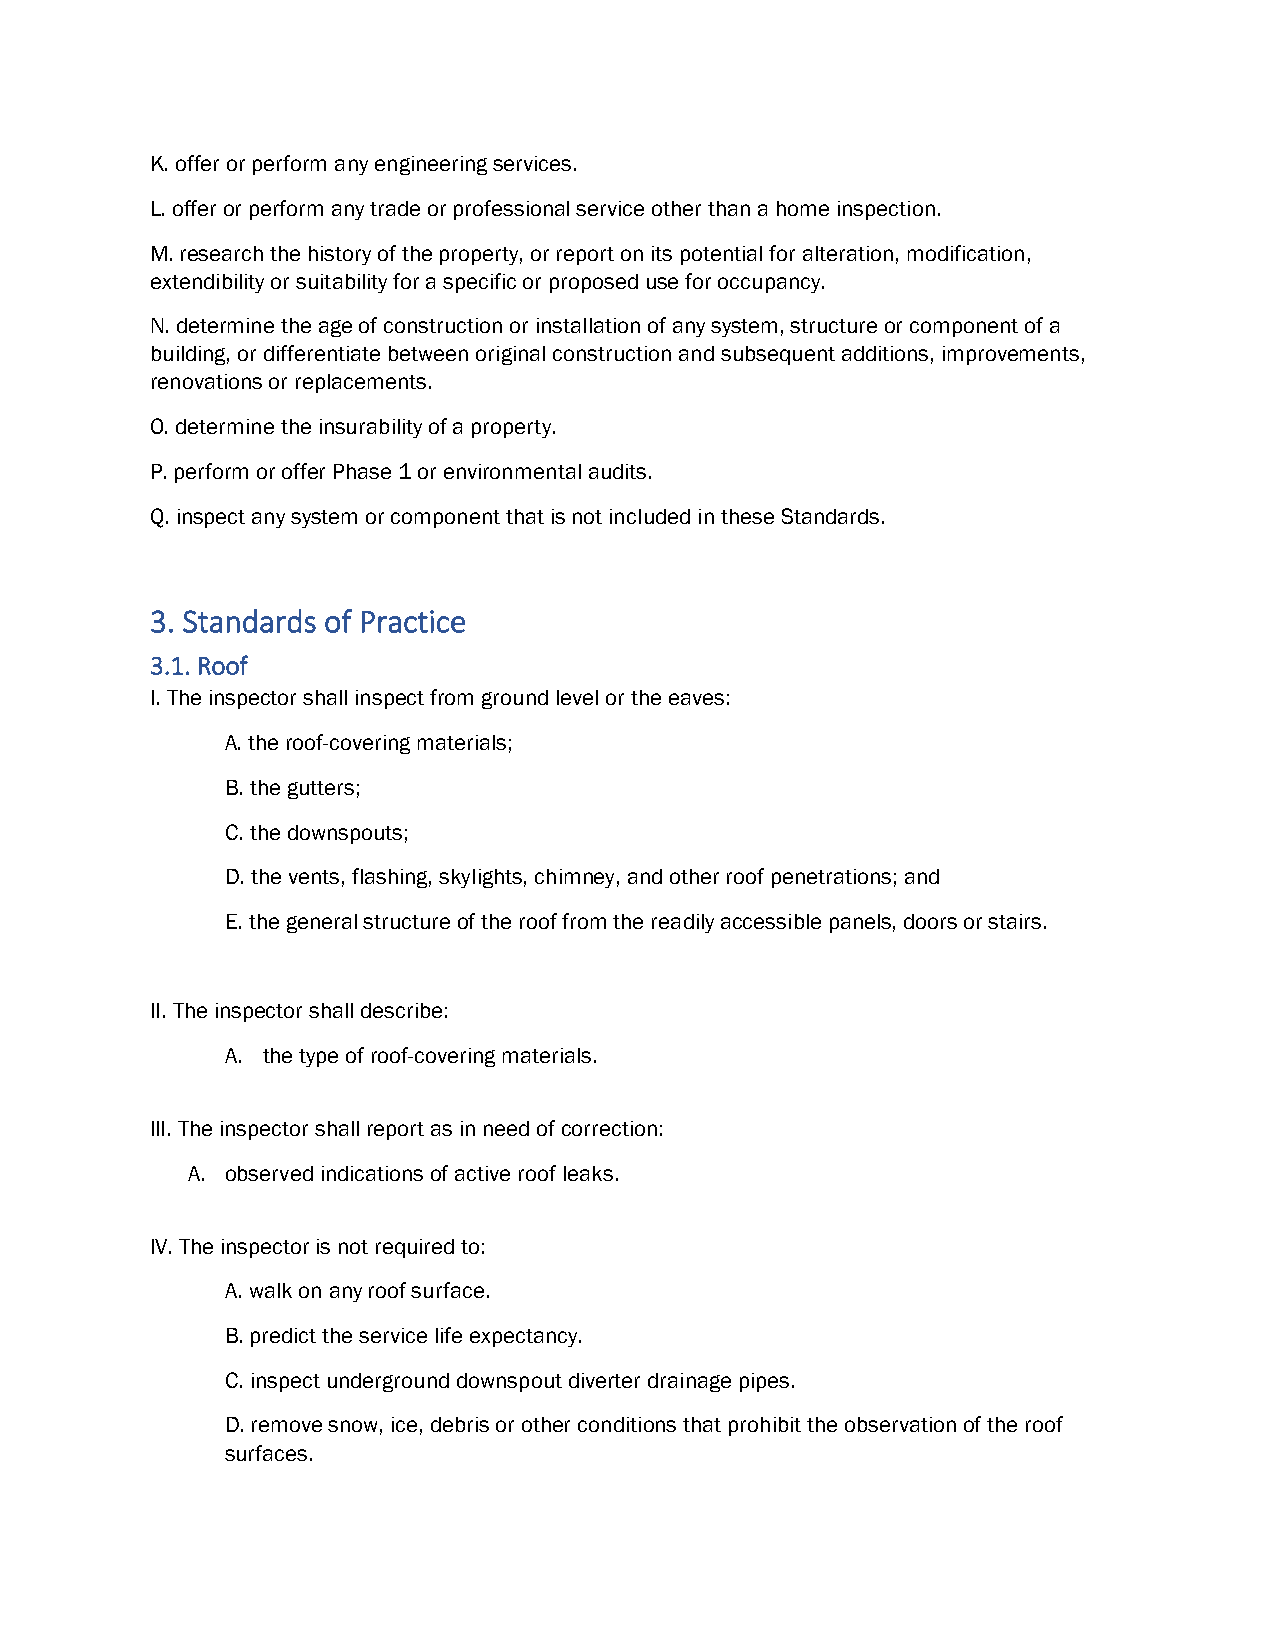
K. offer or perform any engineering services.
 L. offer or perform any trade or professional service other than a home inspection.
 M. research the history of the property, or report on its potential for alteration, modification,
 extendibility or suitability for a specific or proposed use for occupancy.
 N. determine the age of construction or installation of any system, structure or component of a
 building, or differentiate between original construction and subsequent additions, improvements,
 renovations or replacements.
 O. determine the insurability of a property.
 P. perform or offer Phase 1 or environmental audits.
 Q. inspect any system or component that is not included in these Standards.
 3. Standards of Practice
 3.1. Roof
 I. The inspector shall inspect from ground level or the eaves:
 A. the roof-covering materials;
 B. the gutters;
 C. the downspouts;
 D. the vents, flashing, skylights, chimney, and other roof penetrations; and
 E. the general structure of the roof from the readily accessible panels, doors or stairs.
 II. The inspector shall describe:
 A. the type of roof-covering materials.
 III. The inspector shall report as in need of correction:
 A. observed indications of active roof leaks.
 IV. The inspector is not required to:
 A. walk on any roof surface.
 B. predict the service life expectancy.
 C. inspect underground downspout diverter drainage pipes.
 D. remove snow, ice, debris or other conditions that prohibit the observation of the roof
 surfaces.